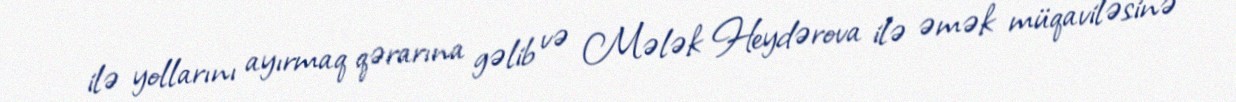
ilə yollarını ayırmaq qərarına gəlib və Mələk Heydərova ilə əmək müqaviləsinə